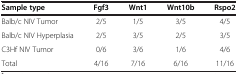
<table><thead><tr><td><b>Sample type</b></td><td><b>Fgf3</b></td><td><b>Wnt1</b></td><td><b>Wnt10b</b></td><td><b>Rspo2</b></td></tr></thead><tbody><tr><td>Balb/c NIV Tumor</td><td>2/5</td><td>1/5</td><td>3/5</td><td>4/5</td></tr><tr><td>Balb/c NIV Hyperplasia</td><td>2/5</td><td>3/5</td><td>2/5</td><td>3/5</td></tr><tr><td>C3Hf NIV Tumor</td><td>0/6</td><td>3/6</td><td>1/6</td><td>4/6</td></tr><tr><td>Total</td><td>4/16</td><td>7/16</td><td>6/16</td><td>11/16</td></tr></tbody></table>